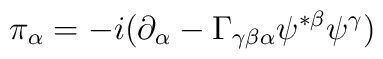
\pi_\alpha=-i(\partial_\alpha-\Gamma_{\gamma\beta\alpha}\psi^{*\beta}\psi^\gamma)